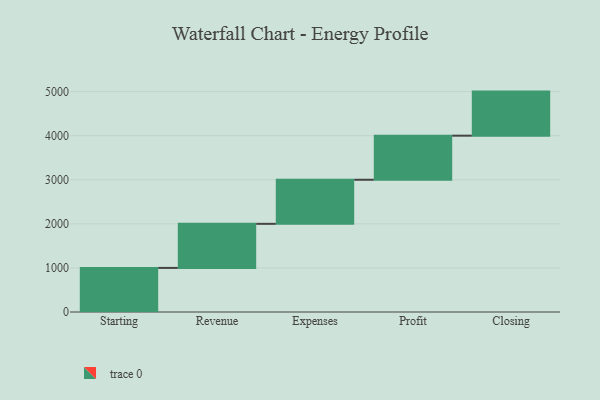
{"axis": {"x": "Step", "y": "Value"}, "legend": [""], "data": [{"x": "Starting", "y": 1000, "type": ""}, {"x": "Revenue", "y": 1000, "type": ""}, {"x": "Expenses", "y": 1000, "type": ""}, {"x": "Profit", "y": 1000, "type": ""}, {"x": "Closing", "y": 1000, "type": ""}]}